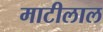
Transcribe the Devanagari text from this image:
माटीलाल